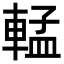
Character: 𬧷